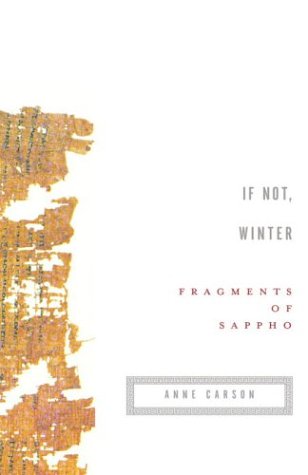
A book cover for If Not, Winter: Fragments of Sappho; Sappho; Literature & Fiction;